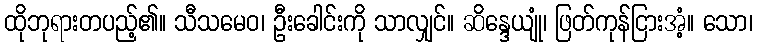
ထိုဘုရားတပည့်၏။ သီသမေဝ၊ ဦးခေါင်းကို သာလျှင်။ ဆိန္ဒေယျုံ၊ ဖြတ်ကုန်ငြားအံ့။ သော၊